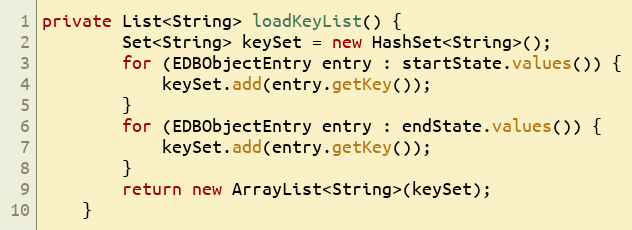
Language: Java
private List<String> loadKeyList() {
        Set<String> keySet = new HashSet<String>();
        for (EDBObjectEntry entry : startState.values()) {
            keySet.add(entry.getKey());
        }
        for (EDBObjectEntry entry : endState.values()) {
            keySet.add(entry.getKey());
        }
        return new ArrayList<String>(keySet);
    }